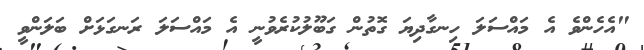
"އެހެންވެ އެ މައްސަލަ ހިނގާދިޔަ ގޮތުން ގަބޫލުކުރެވުނީ އެ މައްސަލަ ރަނގަޅަށް ބަލަންވީ